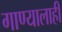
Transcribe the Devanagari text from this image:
गाण्यालाही